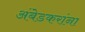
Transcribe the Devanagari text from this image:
अंबेडकरांना